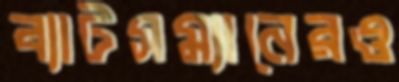
ব্যাটসম্যানেরও